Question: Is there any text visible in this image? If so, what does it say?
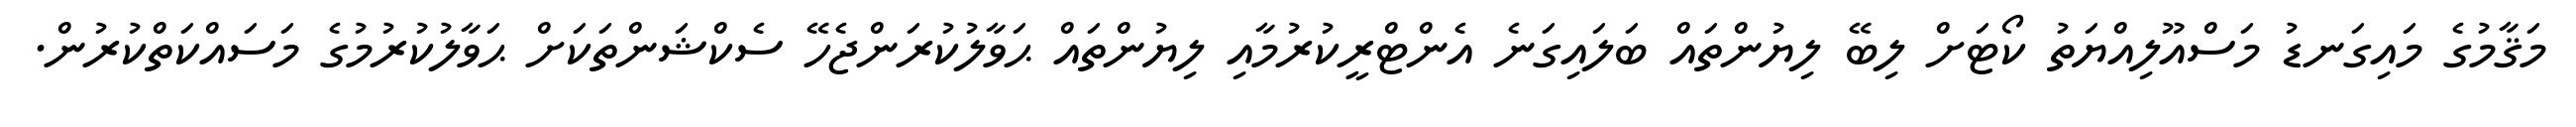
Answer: މަޤާމުގެ މައިގަނޑު މަސްއޫލިއްޔަތު ކޯޓަށް ލިބޭ ލިޔުންތައް ބަލައިގަނެ އެންޓްރީކުރުމާއި ލިޔުންތައް ޙަވާލުކުރަންޖެހޭ ސެކްޝަންތަކަށް ޙަވާލުކުރުމުގެ މަސައްކަތްކުރުން.